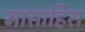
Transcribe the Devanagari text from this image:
मासाहिरा